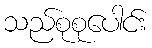
သည်စုစုပေါင်း